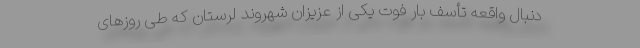
دنبال واقعه تأسف بار فوت یکی از عزیزان شهروند لرستان که طی روزهای